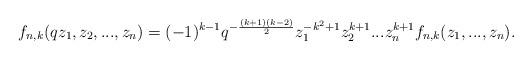
LaTeX: \begin{align*}f_{n,k}(qz_1,z_2,...,z_n)=(-1)^{k-1}q^{-\frac{(k+1)(k-2)}{2}}z_1^{-k^2+1}z_2^{k+1}...z_n^{k+1}f_{n,k}(z_1,...,z_n). \end{align*}